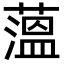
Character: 薀